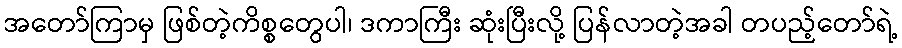
အတော်ကြာမှ ဖြစ်တဲ့ကိစ္စတွေပါ၊ ဒကာကြီး ဆုံးပြီးလို့ ပြန်လာတဲ့အခါ တပည့်တော်ရဲ့